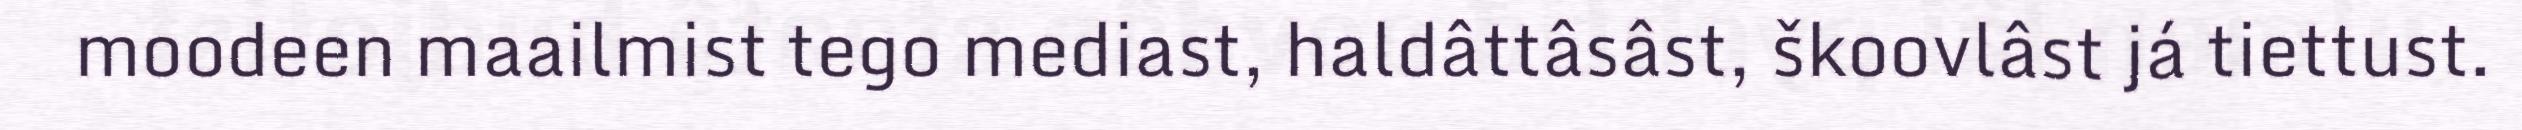
moodeen maailmist tego mediast, haldâttâsâst, škoovlâst já tiettust.